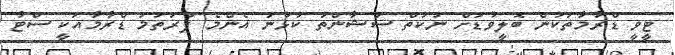
ޓީވީ ޑްރާމާތަކުން ބޮލީވުޑަށް ނުކުތް ސުޝާންތު ކުޅުނު އެންމެ ފުރަތަމަ ޑްރާމާއަކީ ސްޓާ